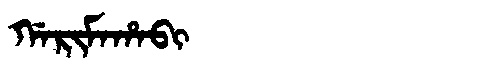
Manchu: ᡤᠠᡵᡳᠮᠠᡥᠠᠪᡳ
Romanization: GARIMAHABI